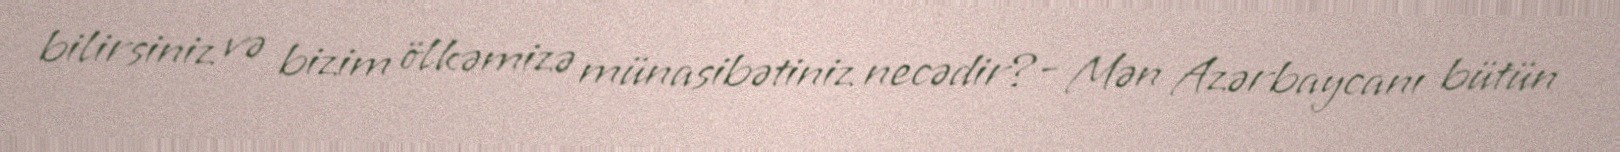
bilirsiniz və bizim ölkəmizə münasibətiniz necədir?- Mən Azərbaycanı bütün